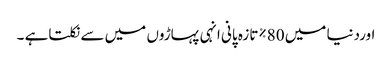
اوردنیا میں 80%تازہ پانی انہی پہاڑوں میں سے نکلتاہے ۔